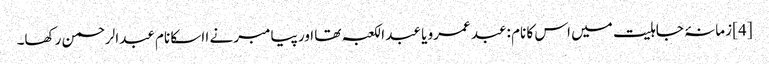
[4] زمانۂ جاہلیت میں اس کا نام :عبد عمرو یا عبد الکعبہ تھا اور پیامبر نے ا اسکا نام عبدالرحمن رکھا۔